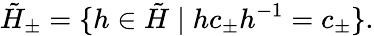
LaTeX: \tilde{H}_{\pm}=\{ h\in\tilde{H}\mid hc_{\pm}h^{-1}=c_{\pm}\} .